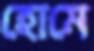
হোমে